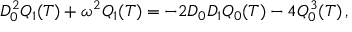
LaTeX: D _ { 0 } ^ { 2 } Q _ { 1 } ( T ) + \omega ^ { 2 } Q _ { 1 } ( T ) = - 2 D _ { 0 } D _ { 1 } Q _ { 0 } ( T ) - 4 Q _ { 0 } ^ { 3 } ( T ) \, ,